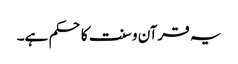
یہ قرآن و سنت کا حکم ہے۔